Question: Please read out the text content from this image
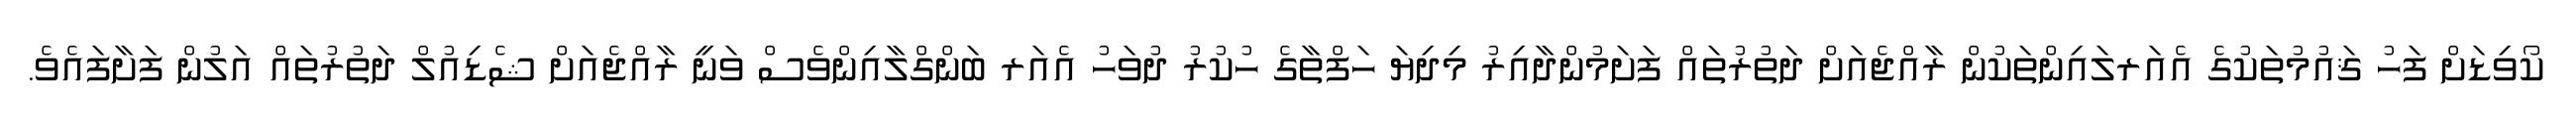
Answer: ކޯވިޑަށް ފަހު ޤައުމުތަކުގެ އެއަރލައިންތަކުން ރާއްޖެއަށް ދަތުރުތައް ފަށަމުންދާއިރު މިދިޔަ ހަފްތާގެ ހުކުރު ދުވަހު އެއަރ ބަންގްލާއިންވެސް ވަނީ ރާއްޖެއަށް ޝެޑިއުލް ދަތުރުތައް އަލުން ފަށާފައެވެ.